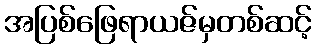
အပြစ်ဖြေရာယဇ်မှတစ်ဆင့်